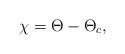
LaTeX: \begin{align*} \chi = \Theta - \Theta_c,\end{align*}